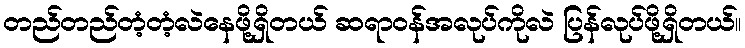
တည်တည်တံ့တံ့လဲနေဖို့ရှိတယ် ဆရာဝန်အလုပ်ကိုလဲ ပြန်လုပ်ဖို့ရှိတယ်။